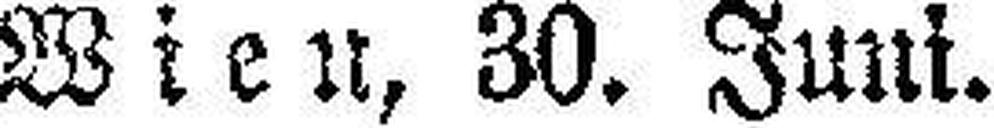
Wien, 30. Juni.